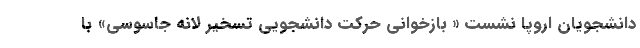
دانشجویان اروپا نشست « بازخوانی حرکت دانشجویی تسخیر لانه جاسوسی» با